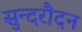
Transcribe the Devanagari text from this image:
सुन्दरौदन